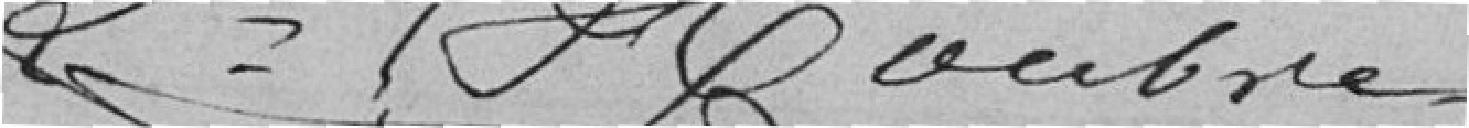
Les Membres